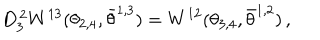
D _ { 3 } ^ { \, 2 } W ^ { 1 3 } ( \theta _ { 2 , 4 } , \bar { \theta } ^ { 1 , 3 } ) = W ^ { 1 2 } ( \theta _ { 3 , 4 } , \bar { \theta } ^ { 1 , 2 } ) \, ,